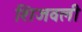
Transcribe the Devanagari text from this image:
शिजवली